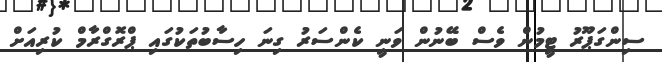
ސިންގަޕޫރު ޓީމުން ވެސް ބޭނުން ވަނީ ކެންސަރު ގިނަ ހިސާބުތަކުގައި ޕްރޮގްރާމް ކުރިއަށް